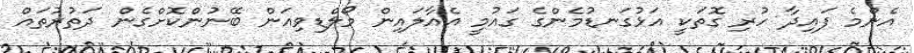
އެންމެ ފައިދާ ހުރި ގޮތަކީ އަޅުގަނޑުމެންގެ ގައުމީ އެއާލައިން މޯލްޑިވިއަން ބޭނުންކޮށްގެން ދަތުރުތައް